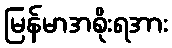
မြန်မာအစိုးရအား